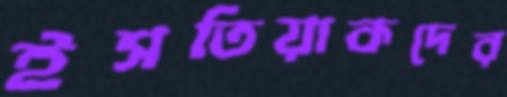
ইসতিয়াকদের